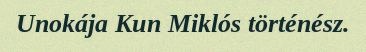
Unokája Kun Miklós történész.